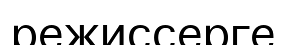
режиссерге